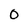
Character: 0